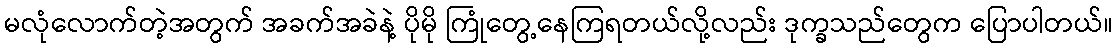
မလုံလောက်တဲ့အတွက် အခက်အခဲနဲ့ ပိုမို ကြုံတွေ့နေကြရတယ်လို့လည်း ဒုက္ခသည်တွေက ပြောပါတယ်။